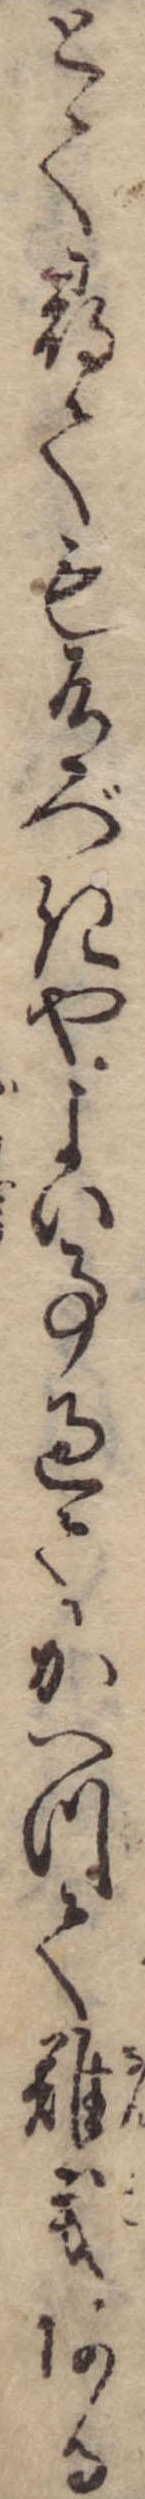
とて尋ても有べきやよい事過てかへつて難義ある